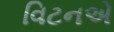
વિટનએ